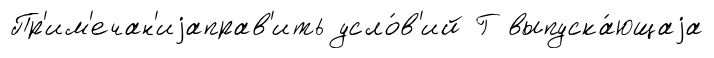
Пр'им'ечан'иjаправ'ить усло́в'ий Г выпуска́ющаjа